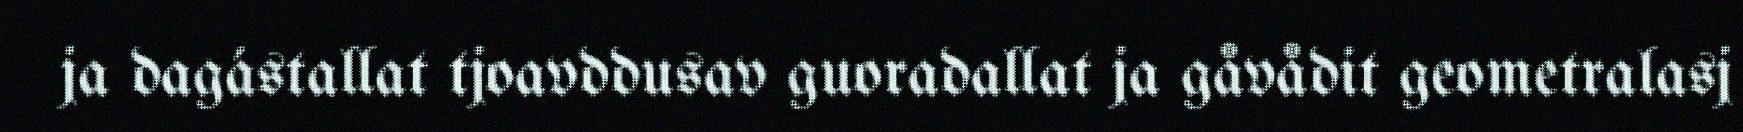
ja dagástallat tjoavddusav guoradallat ja gåvådit geometralasj